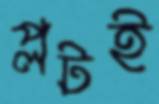
প্লটই